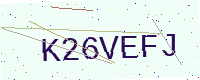
Text: K26VEFJ